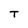
Character: T